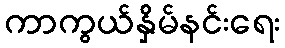
ကာကွယ်နှိမ်နင်းရေး